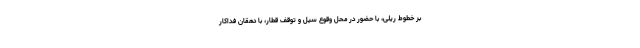
بر خطوط ریلی، با حضور در محل وقوع سیل و توقف قطار، با دهقان فداکار